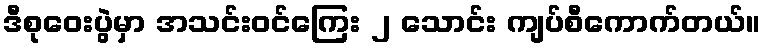
ဒီစုဝေးပွဲမှာ အသင်းဝင်ကြေး ၂ သောင်း ကျပ်စီကောက်တယ်။